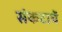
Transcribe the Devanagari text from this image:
संकटाचें